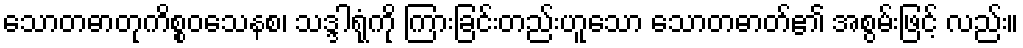
သောတဓာတုကိစ္စဝသေနစ၊ သဒ္ဒါရုံကို ကြားခြင်းတည်းဟူသော သောတဓာတ်၏ အစွမ်းဖြင့် လည်း။